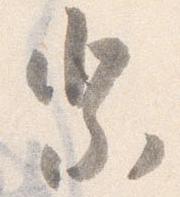
祭